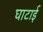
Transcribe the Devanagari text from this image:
घाटाई